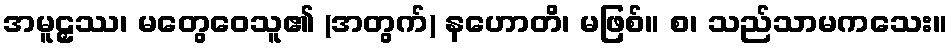
အမူဠှဿ၊ မတွေဝေသူ၏ (အတွက်) နဟောတိ၊ မဖြစ်။ စ၊ သည်သာမကသေး။